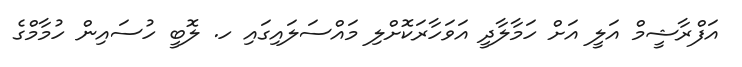
އަފްރާޝީމް އަލީ އަށް ހަމާލާދީ އަވަހާރަކޮށްލި މައްސަލައިގައި ހ. ލޮބީ ހުސައިން ހުމާމްގެ